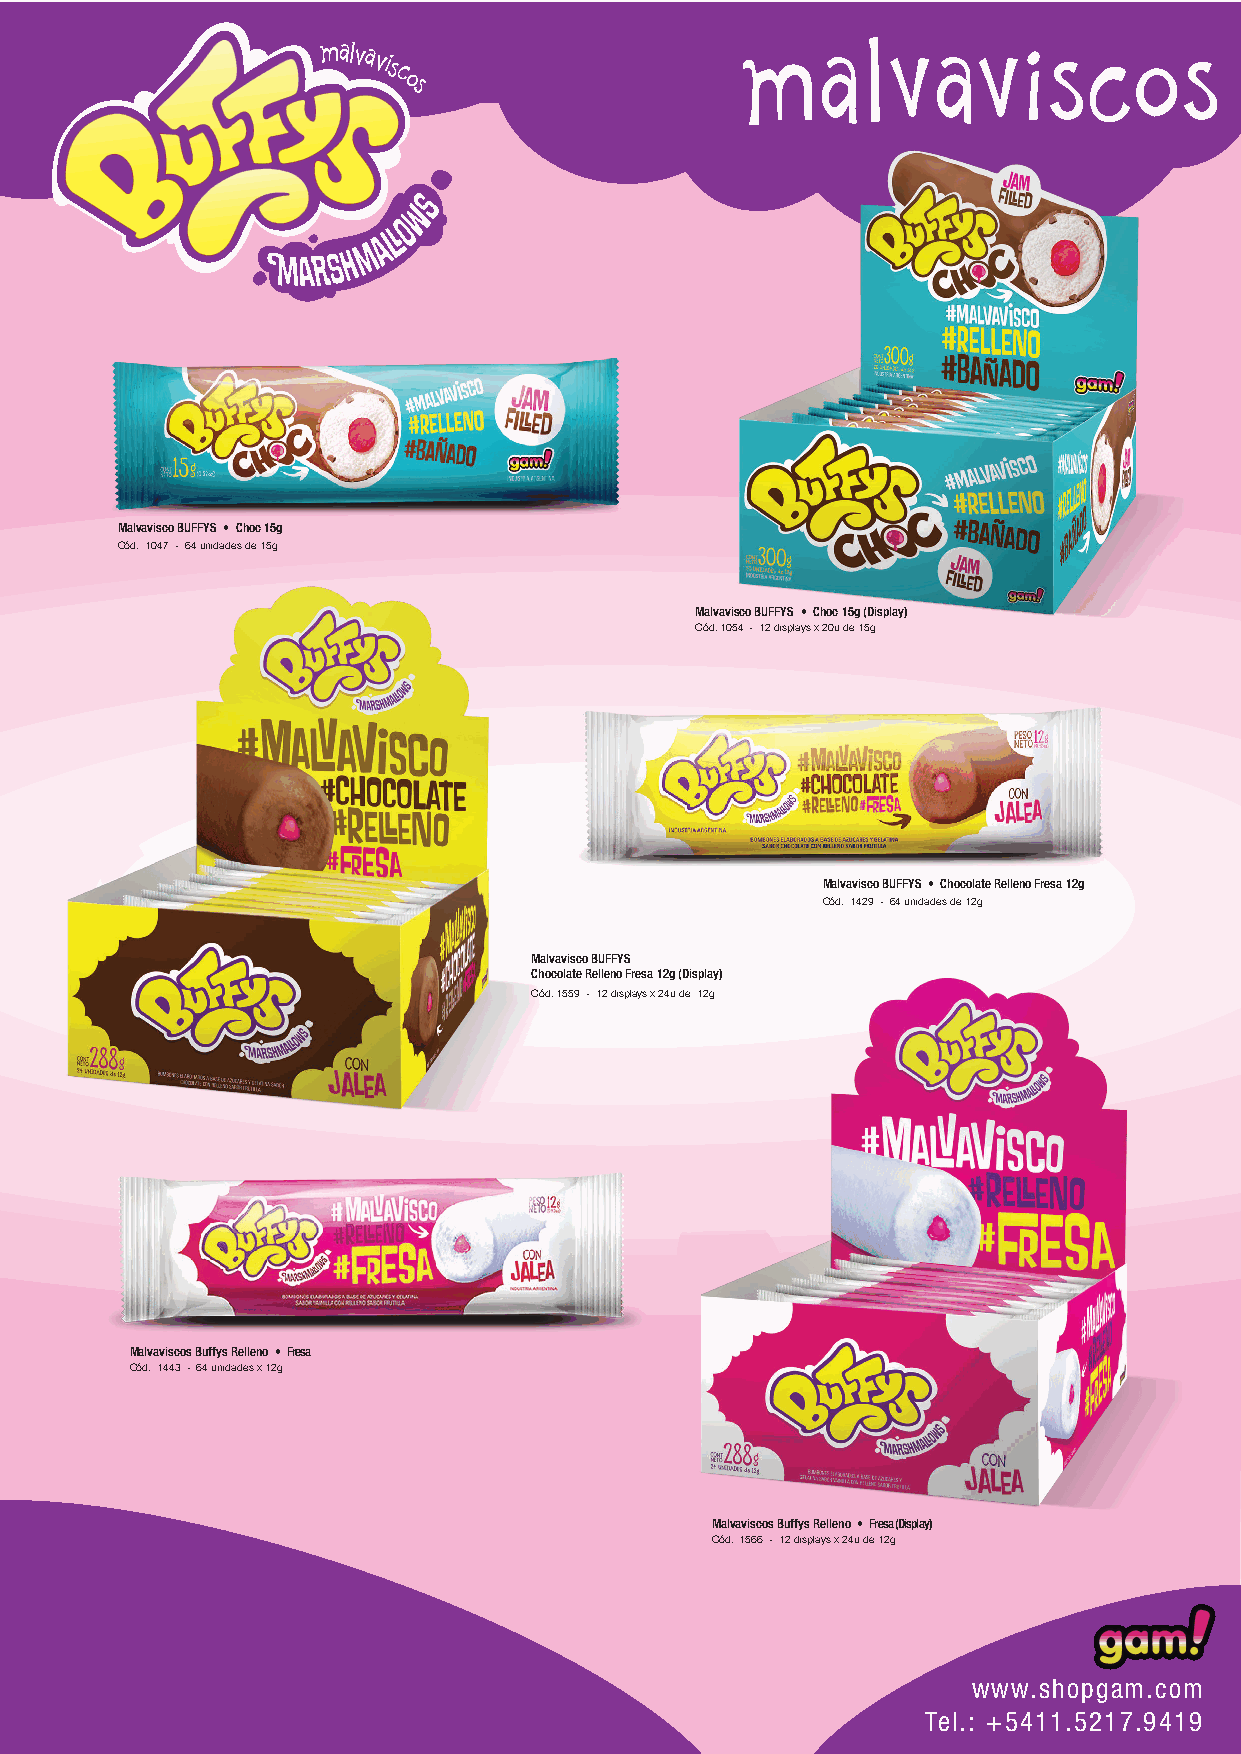
Malvavisco BUFFYS • Choc 15g
 Cód. 1047 - 64 unidades de 15g
 Malvavisco BUFFYS • Choc 15g (Display)
 Cód. 1054 - 12 displays x 20u de 15g
 Malvavisco BUFFYS • Chocolate Relleno Fresa 12g
 Cód. 1429 - 64 unidades de 12g
 Malvavisco BUFFYS
 Chocolate Relleno Fresa 12g (Display)
 Cód. 1559 - 12 displays x 24u de 12g
 Malvaviscos Buffys Relleno • Fresa
 Cód. 1443 - 64 unidades x 12g
 Malvaviscos Buffys Relleno • Fresa (Display)
 Cód. 1566 - 12 displays x 24u de 12g
 www.shopgam.com
 Tel.: +5411.5217.9419